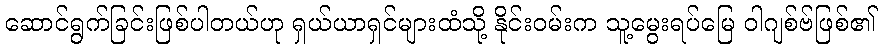
ဆောင်ရွက်ခြင်းဖြစ်ပါတယ်ဟု ရှယ်ယာရှင်များထံသို့ နိုင်းဝမ်းက သူ့မွေးရပ်မြေ ဝါဂျစ်ဗ်ဖြစ်၏